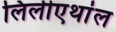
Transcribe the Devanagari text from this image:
लिलीएथांल